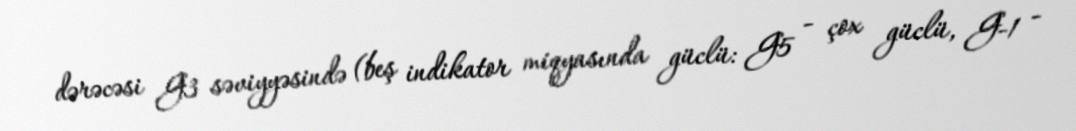
dərəcəsi G3 səviyyəsində (beş indikator miqyasında güclü: G5 - çox güclü, G-1 -